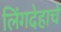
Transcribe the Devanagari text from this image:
लिंगदेहाचे